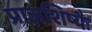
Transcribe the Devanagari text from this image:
प्राज्ञशिष्यैः